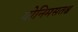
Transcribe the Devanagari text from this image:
योनिमसतश्च